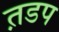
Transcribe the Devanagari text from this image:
त़डप